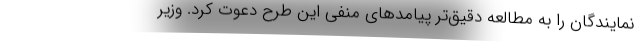
نمایندگان را به مطالعه دقیق‌تر پیامدهای منفی این طرح دعوت کرد. وزیر